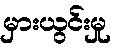
မှားယွင်းမှု